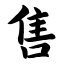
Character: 售